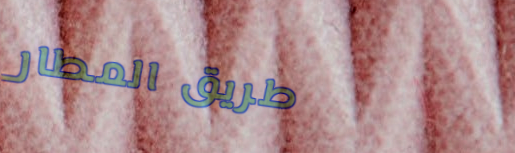
طريق المطار